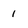
Character: 1